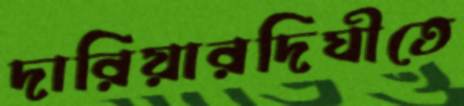
দারিয়ারদিঘীতে